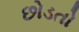
છોડતો